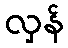
လှန်